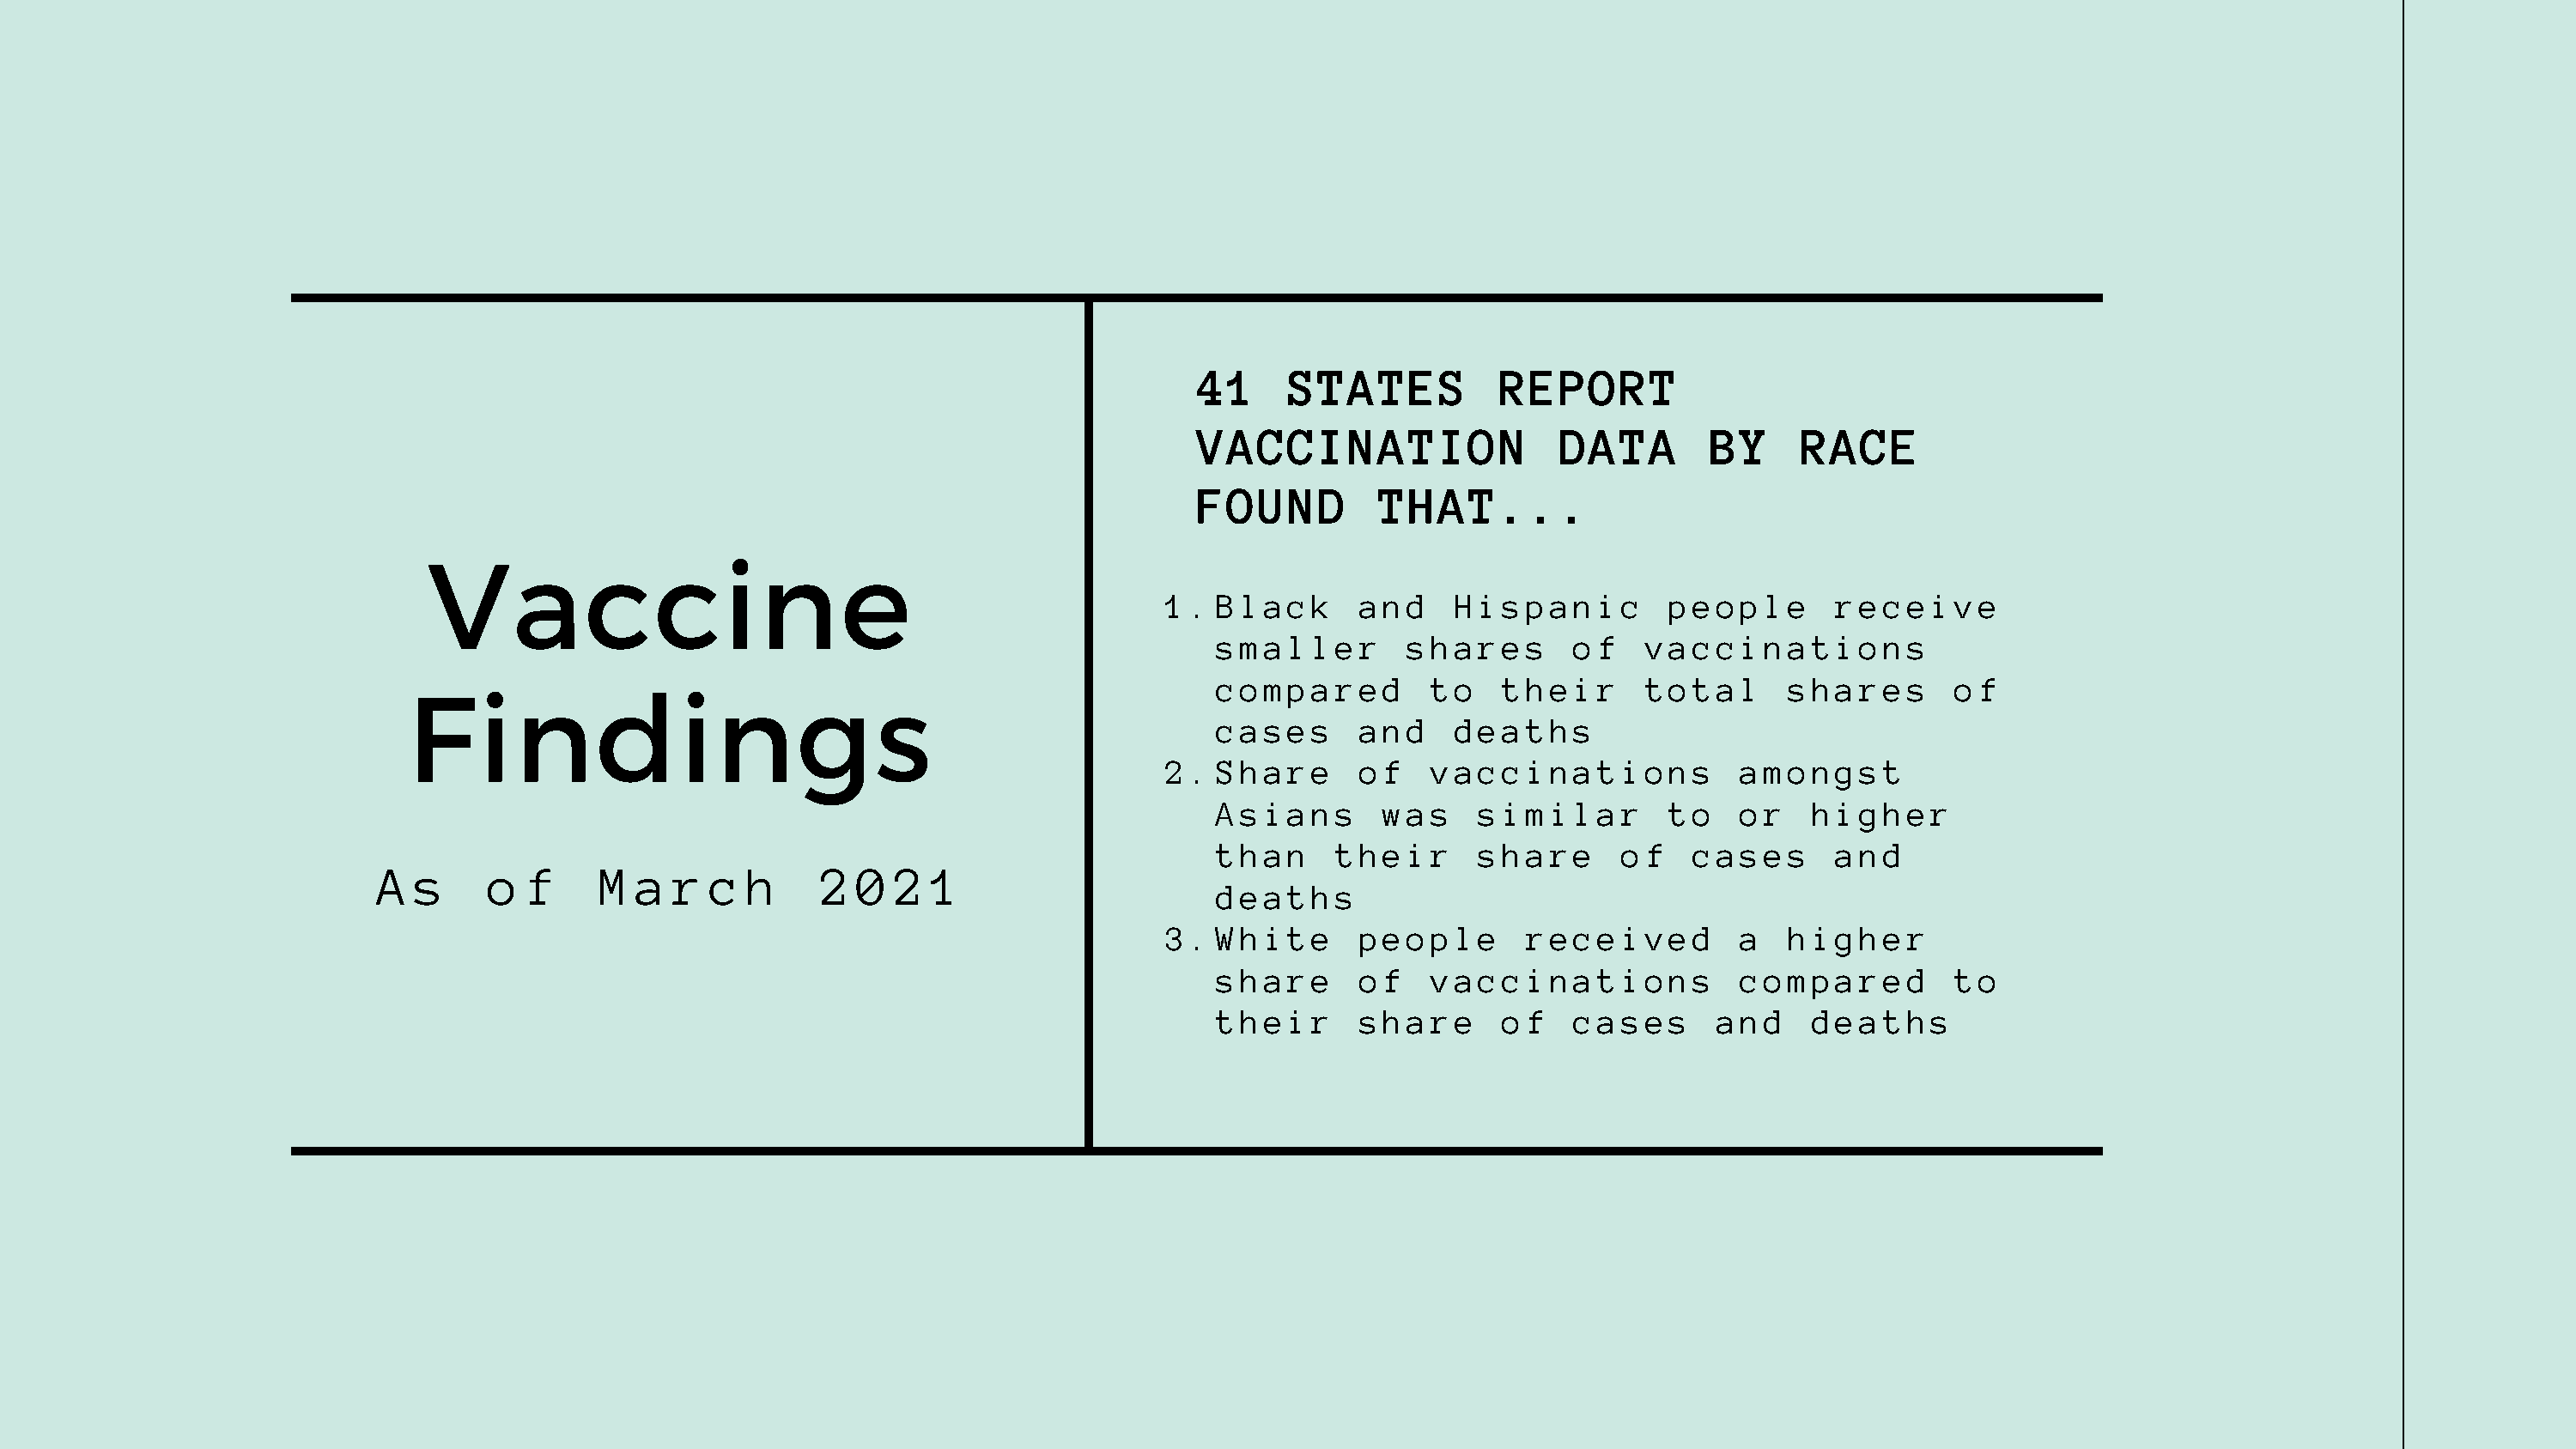
41     STATES           REPORT
 VACCINATION                 DATA        BY     RACE
 FOUND         THAT...
 Vaccine
 1.  Black      and    Hispanic         people       receive
 smaller       shares       of    vaccinations
 compared        to    their      total      shares       of
 Findings
 cases      and    deaths
 2.  Share      of   vaccinations            amongst
 Asians       was    similar        to   or    higher
 than     their      share      of   cases       and
 A  s     o f     M  a  r  c  h    2  0  2  1
 deaths
 3.  White      people       received        a   higher
 share      of   vaccinations            compared         to
 their      share      of   cases      and     deaths